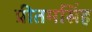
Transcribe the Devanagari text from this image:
प्रीतमसिंह